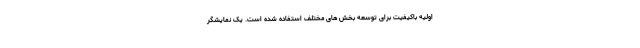
اولیه باکیفیت برای توسعه بخش های مختلف استفاده شده است. یک نمایشگر